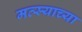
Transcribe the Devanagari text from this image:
मत्स्याच्या